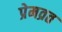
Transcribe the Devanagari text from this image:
प्रेमव्रत